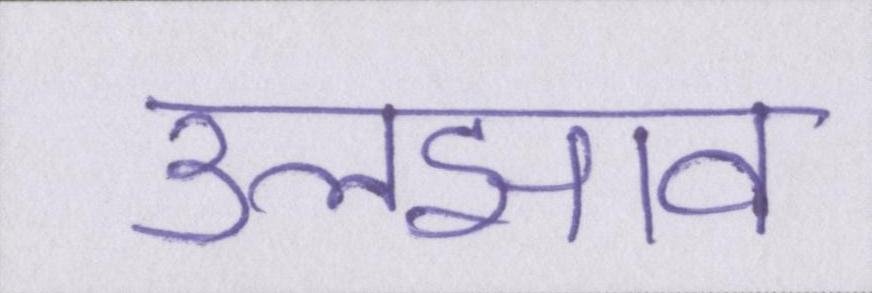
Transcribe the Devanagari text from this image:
उलझाव